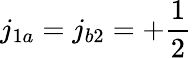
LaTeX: j_{1a}=j_{b2}=+\frac{1}{2}